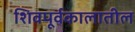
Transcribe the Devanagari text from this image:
शिवपूर्वकालातील